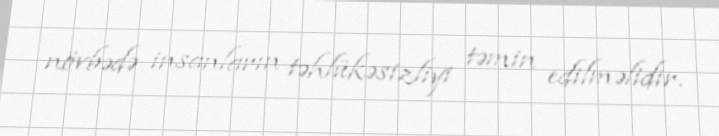
növbədə insanların təhlükəsizliyi təmin edilməlidir.